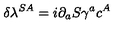
\delta \lambda ^ { S A } = i \partial _ { a } S \gamma ^ { a } c ^ { A }